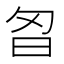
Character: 𭥘